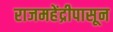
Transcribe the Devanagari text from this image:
राजमहेंद्रीपासून